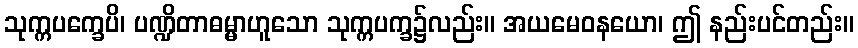
သုက္ကပက္ခေပိ၊ ပဏ္ဍိတာဓမ္မာဟူသော သုက္ကပက္ခ၌လည်း။ အယမေဝနယော၊ ဤ နည်းပင်တည်း။